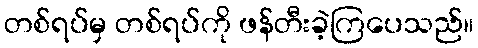
တစ်ရပ်မှ တစ်ရပ်ကို ဖန်တီးခဲ့ကြပေသည်။